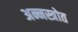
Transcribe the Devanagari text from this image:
अन्नस्त्रोत